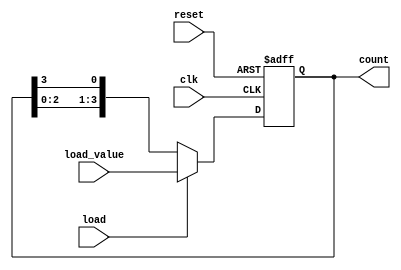
module LoadableRingCounter(
    input wire clk,          // Clock input
    input wire reset,        // Asynchronous reset
    input wire load,         // Load control signal
    input wire [3:0] load_value, // Value to load into the counter
    output reg [3:0] count   // Counter output
);

// Sequential logic for the Loadable Ring Counter
always @(posedge clk or posedge reset) begin
    if (reset) begin
        count <= 4'b0001; // Initialize to a known state (one-hot)
    end else if (load) begin
        count <= load_value; // Load the specified value
    end else begin
        // Shift operation for ring counter
        count <= {count[2:0], count[3]}; // Shift right and wrap-around
    end
end

endmodule